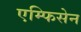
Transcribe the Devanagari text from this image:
एम्फिसेन